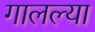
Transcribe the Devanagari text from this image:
गालल्या